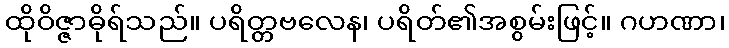
ထိုဝိဇ္ဇာဓိုရ်သည်။ ပရိတ္တဗလေန၊ ပရိတ်၏အစွမ်းဖြင့်။ ဂဟဏာ၊